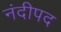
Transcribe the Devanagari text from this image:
नंदीपद